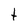
Character: t